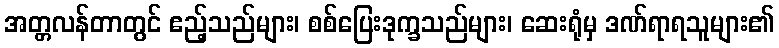
အတ္တလန်တာတွင် ဧည့်သည်များ၊ စစ်ပြေးဒုက္ခသည်များ၊ ဆေးရုံမှ ဒဏ်ရာရသူများ၏